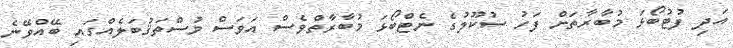
އަދި ފުޓުބޯޅަ މުބާރާތަށް ފަހު ސުކޫލުގެ ނެޓްބޯޅަ މުބާރާތްވެސް އަވަސް މުސްތަޤުބަލެއްގައި ބޭއްވޭނެ